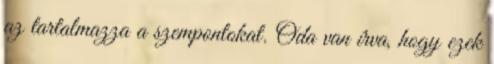
az tartalmazza a szempontokat. Oda van írva, hogy ezek